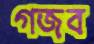
গজব